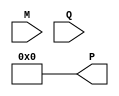
module modified_booth_multiplier #(parameter N = 8) (
    input signed [N-1:0] M,      // Multiplicand
    input signed [N-1:0] Q,      // Multiplier
    output reg signed [2*N-1:0] P // Product
);

    reg signed [N-1:0] M_neg;     // Negation of M
    reg [N:0] Q_ext;              // Extended multiplier
    reg [N:0] count;              // Counter for iterations
    reg signed [2*N-1:0] P_temp;  // Temporary product register

    // Initialize negation of M
    always @(*) begin
        M_neg = -M;
    end

    // Initialize product and extended multiplier
    always @(M, Q) begin
        P = 0;
        Q_ext = {1'b0, Q}; // Extend Q by one bit
        count = 0;
        P_temp = 0;
    end

    // Booth encoding and multiplication process
    always @(posedge clk) begin
        if (count < N) begin
            case (Q_ext[1:0])
                2'b00: begin
                    // No operation
                    P_temp = P_temp; // No change
                end
                2'b01: begin
                    // Add M
                    P_temp = P_temp + M;
                end
                2'b10: begin
                    // Subtract M
                    P_temp = P_temp + M_neg;
                end
                2'b11: begin
                    // No operation
                    P_temp = P_temp; // No change
                end
            endcase

            // Shift right (arithmetic shift)
            P_temp = P_temp >>> 1;
            P = P_temp; // Update product register
            Q_ext = {Q_ext[N-1:0], 1'b0}; // Shift Q_ext right
            count = count + 1; // Increment count
        end
    end

endmodule